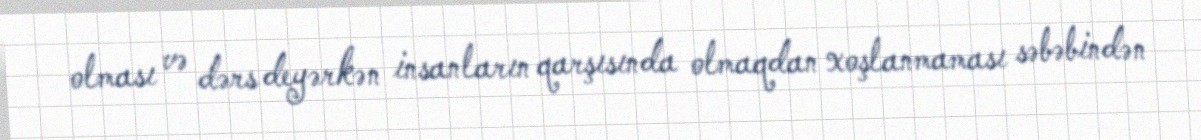
olması və dərs deyərkən insanların qarşısında olmaqdan xoşlanmaması səbəbindən